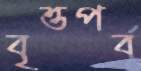
বৃত্তপর্ব